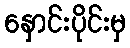
နှောင်းပိုင်းမှ